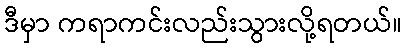
ဒီမှာ ကရာကင်းလည်းသွားလို့ရတယ်။